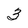
Character: 3